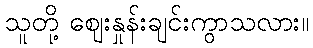
သူတို့ ဈေးနှုန်းချင်းကွာသလား။